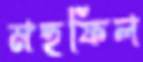
মহফিল